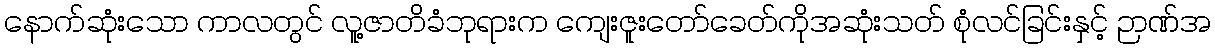
နောက်ဆုံးသော ကာလတွင် လူ့ဇာတိခံဘုရားက ကျေးဇူးတော်ခေတ်ကိုအဆုံးသတ် စုံလင်ခြင်းနှင့် ဉာဏ်အ